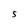
Character: S